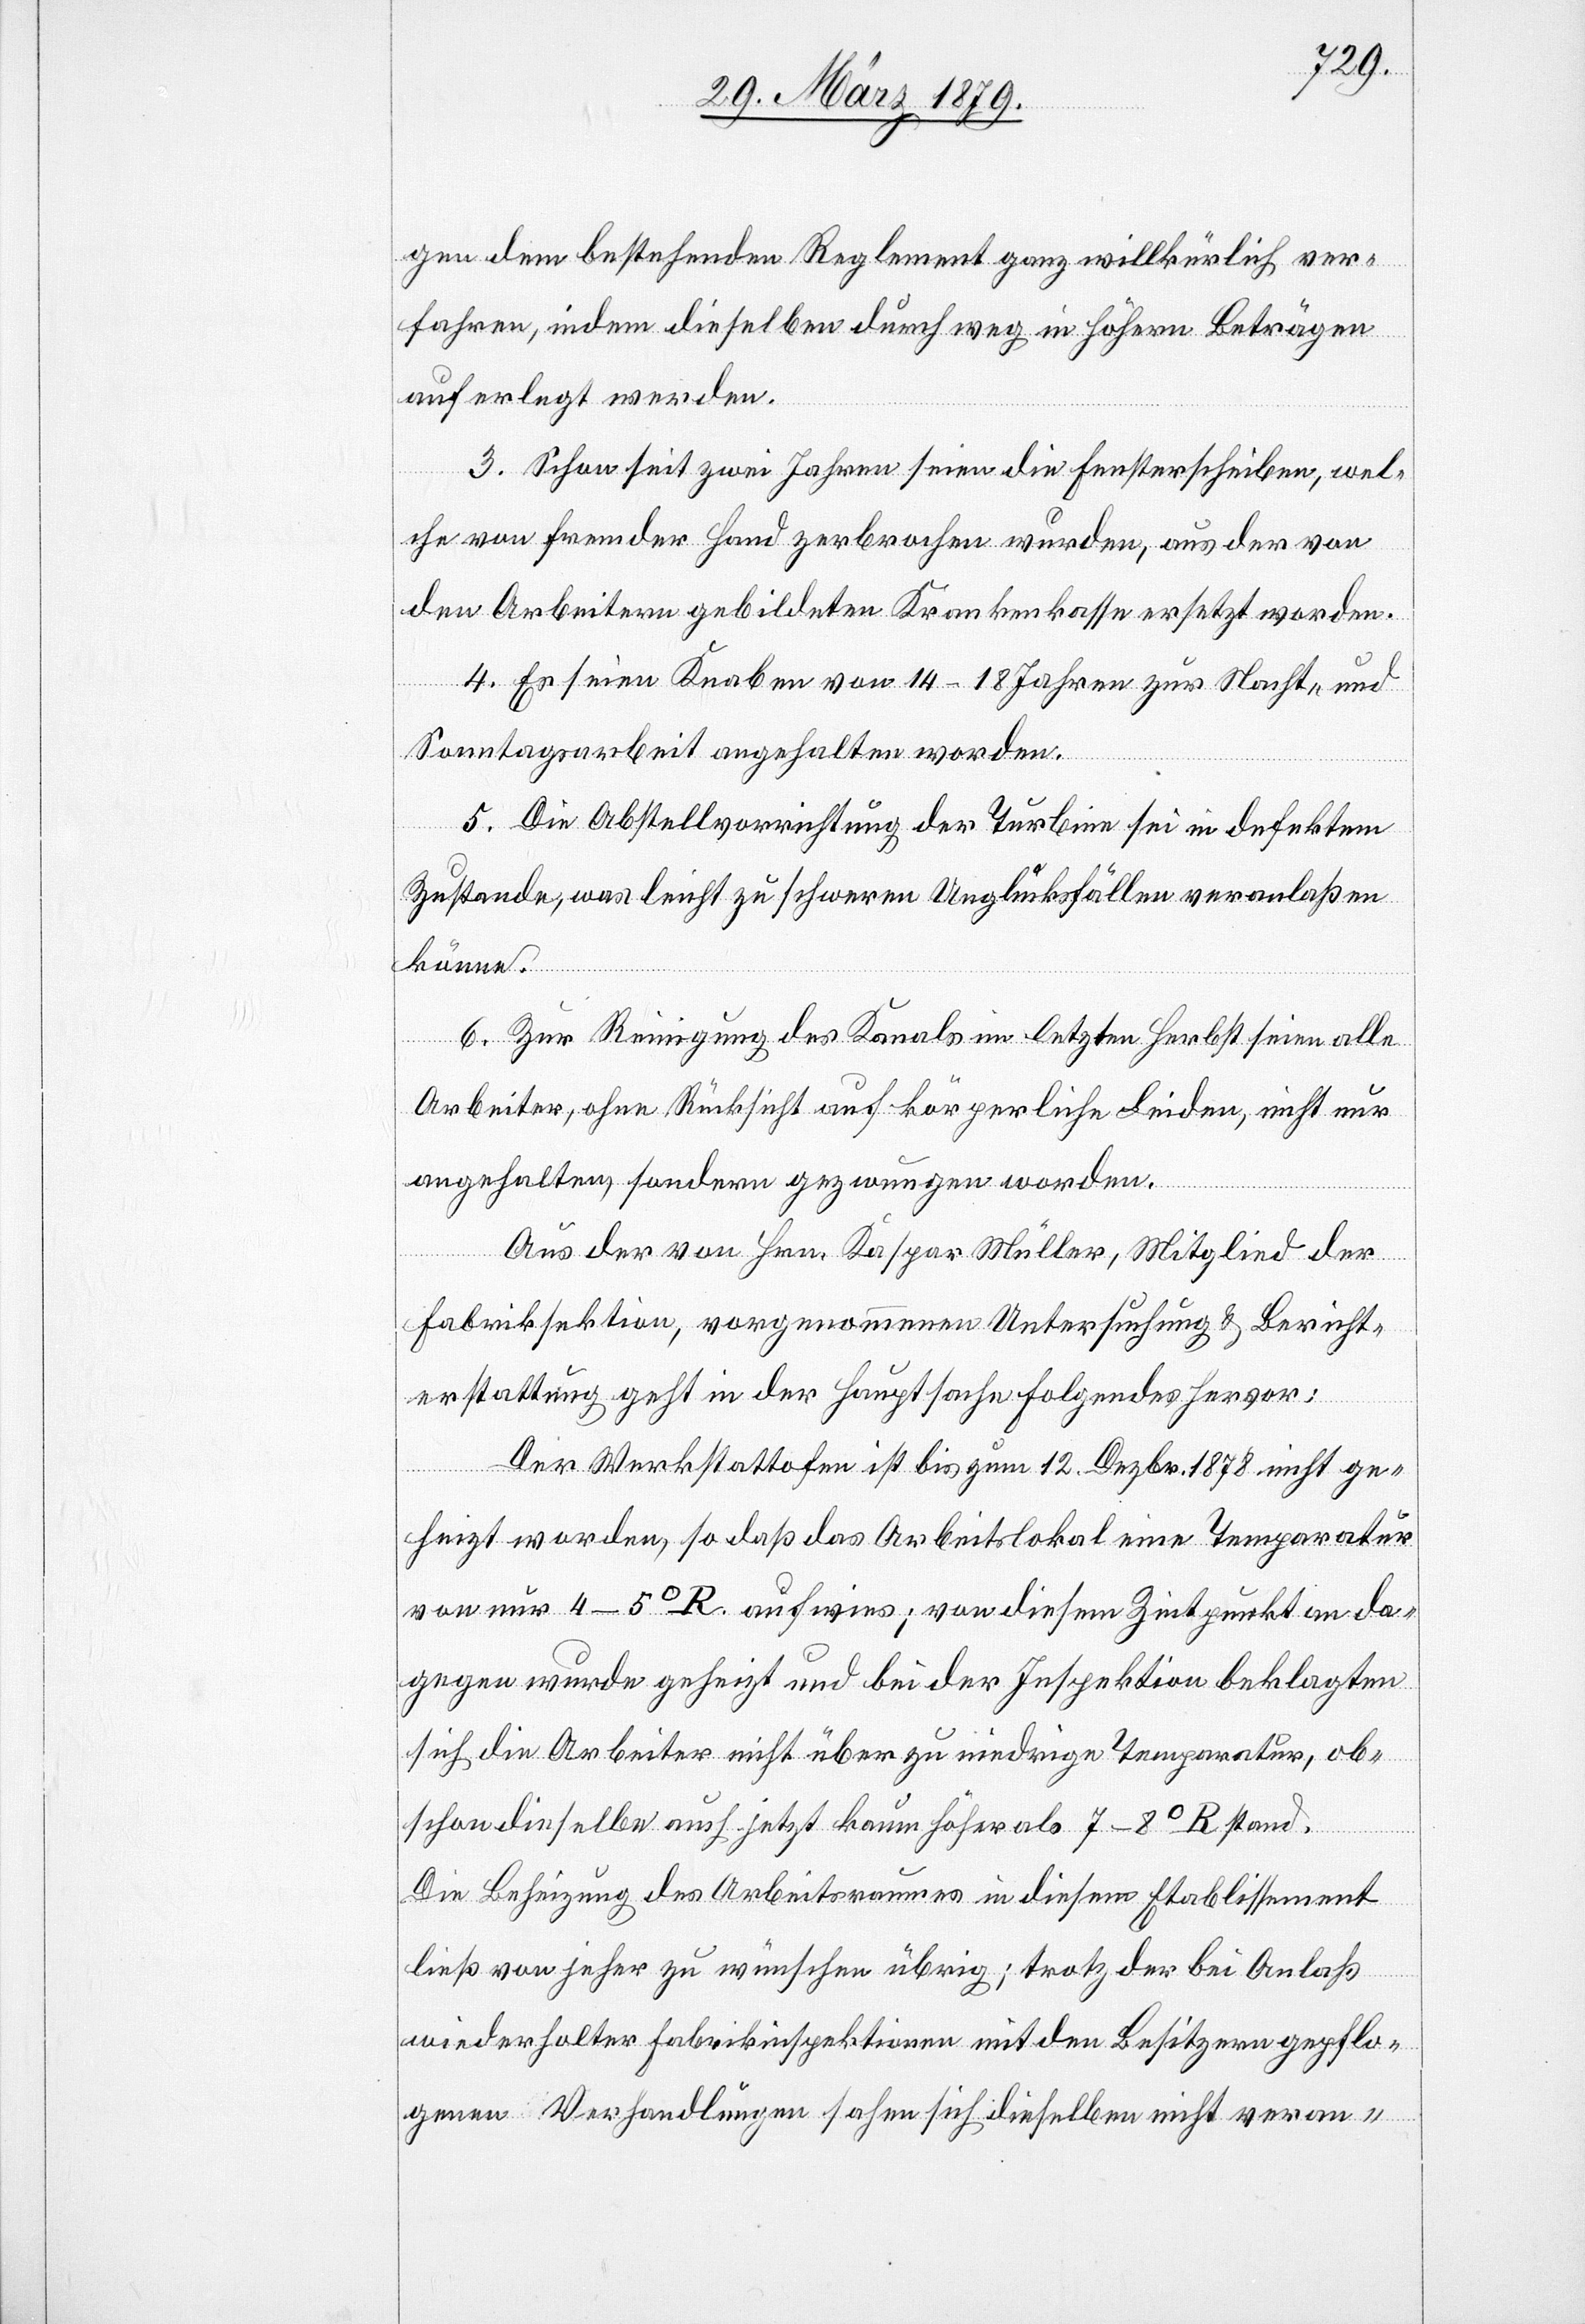
gen dem bestehenden Reglement ganz willkürlich ver¬
fahren, indem dieselben durchweg in höhern Beträgen
auferlegt werden.
3. Schon seit zwei Jahren seien die Fensterscheiben, wel¬
che von fremder Hand zerbrochen wurden, aus der von
den Arbeitern gebildeten Krankenkasse ersetzt worden.
4. Es seien Knaben von 14–18 Jahren zur Nacht- und
Sonntagsarbeit angehalten worden.
5. Die Abstellvorrichtung der Turbine sei in defektem
Zustande, was leicht zu schweren Unglücksfällen veranlaßen
könne.
6. Zur Reinigung des Kanals im letzten Herbst seien alle
Arbeiter, ohne Rücksicht auf körperliche Leiden, nicht nur
angehalten, sondern gezwungen worden.
Aus der von Hrn. Kaspar Müller, Mitglied der
Fabriksektion, vorgenommenen Untersuchung & Bericht¬
erstattung geht in der Hauptsache Folgendes hervor:
Der Werkstattofen ist bis zum 12. Dezbr. 1878 nicht ge¬
heizt worden, so daß das Arbeitslokal eine Temperatur
von nur 4–5o R aufwies; von diesem Zeitpunkt an da¬
gegen wurde geheizt und bei der Inspektion beklagten
sich die Arbeiter nicht über zu niedrige Temperatur, ob¬
schon dieselbe auch jetzt kaum höher als 7–8o R stand.
Die Beheizung des Arbeitsraumes in diesem Etablissement
ließ von jeher zu wünschen übrig; trotz der bei Anlaß
wiederholter Fabrikinspektionen mit den Besitzern gepflo¬
genen Verhandlungen sahen sich dieselben nicht veran-